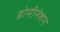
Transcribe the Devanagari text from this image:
ब्रोमीनेशन